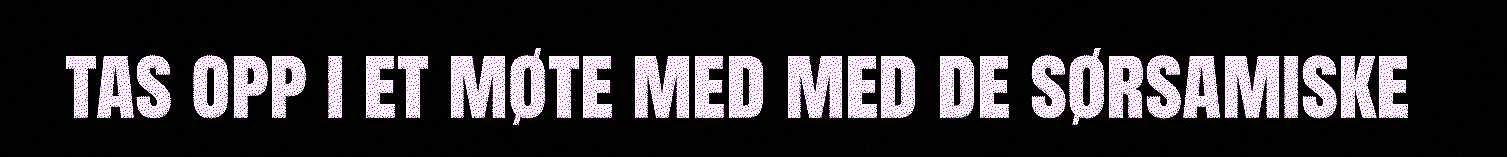
tas opp i et møte med med de sørsamiske